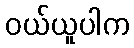
ဝယ်ယူပါက